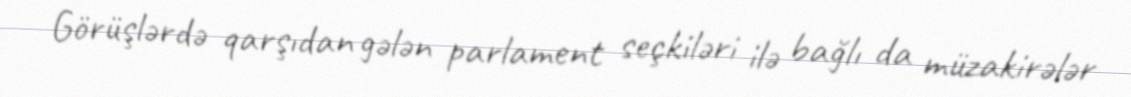
Görüşlərdə qarşıdan gələn parlament seçkiləri ilə bağlı da müzakirələr